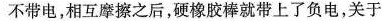
不带电，相互摩擦之后，硬橡胶棒就带上了负电，关于